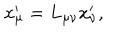
x _ { \mu } ^ { \prime } = L _ { \mu \nu } x _ { \nu } ^ { \prime } ,